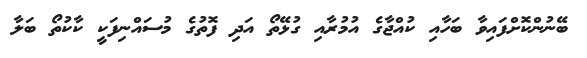
ބޭނުންކޮށްފައިވާ ބަހާއި ކުއްޖާގެ އުމުރާއި ގުޅޭތޯ އަދި ފޮތުގެ މުސައްނިފަކީ ކާކުތޯ ބަލާ